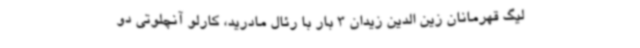
لیگ قهرمانان زین الدین زیدان 3 بار با رئال مادرید، کارلو آنچلوتی دو